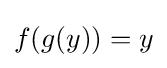
f(g(y))=y